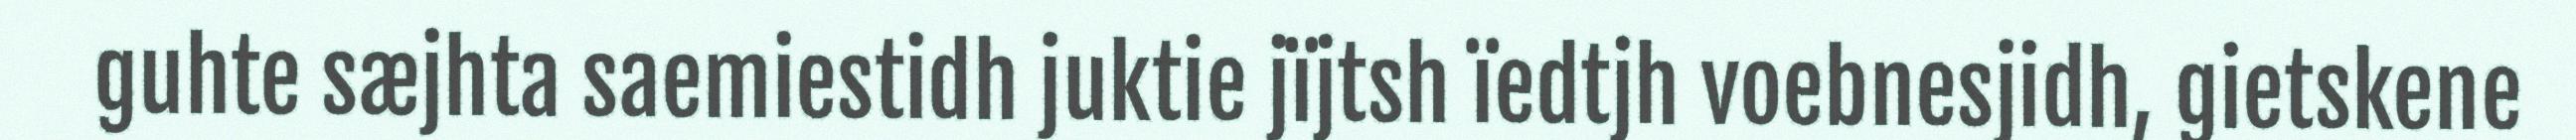
guhte sæjhta saemiestidh juktie jïjtsh ïedtjh voebnesjidh, gietskene